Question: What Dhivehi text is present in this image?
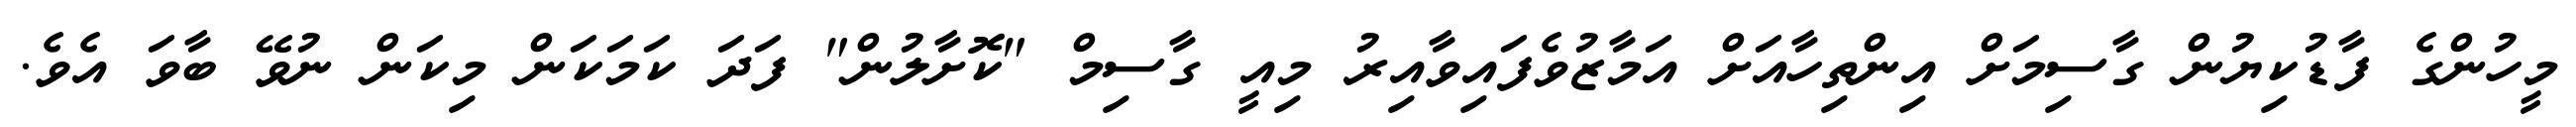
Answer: މީހުންގެ ފާޑުކިޔުން ގާސިމަށް އިންތިހާއަށް އަމާޒުވެފައިވާއިރު މިއީ ގާސިމް "ކޮށާލުން" ފަދަ ކަމަކަން މިކަން ނުވޭ ބާވަ އެވެ.